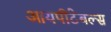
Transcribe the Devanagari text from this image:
आयपीटेबल्स